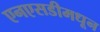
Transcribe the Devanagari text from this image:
एनएसडीमधून